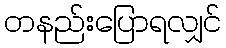
တနည်းပြောရလျှင်